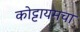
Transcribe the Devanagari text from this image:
कोट्टायमचा